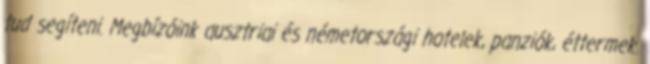
tud segíteni. Megbízóink ausztriai és németországi hotelek, panziók, éttermek.